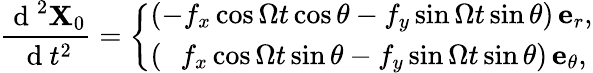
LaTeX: \frac{\mathrm{~d~}^{2}\mathbf{X}_{0}}{\mathrm{~d~}t^{2}}=\left\{ \begin{array}{ll}{\left(-f_{x}\cos{\Omega t}\cos\theta-f_{y}\sin{\Omega t}\sin\theta\right)\, \mathbf{e}_{r},}\\ {\left(\, \, \, \, f_{x}\cos{\Omega t}\sin\theta-f_{y}\sin{\Omega t}\sin\theta\right)\, \mathbf{e}_{\theta},}\end{array}\right.